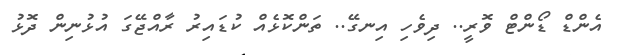
އެންޑް ޑޯންޓް ވޮރީ.. ދިވެހި އިނގޭ.. ތަންކޮޅެއް ކުޑައިރު ރާއްޖޭގަ އުޅުނިން ދޮޅު